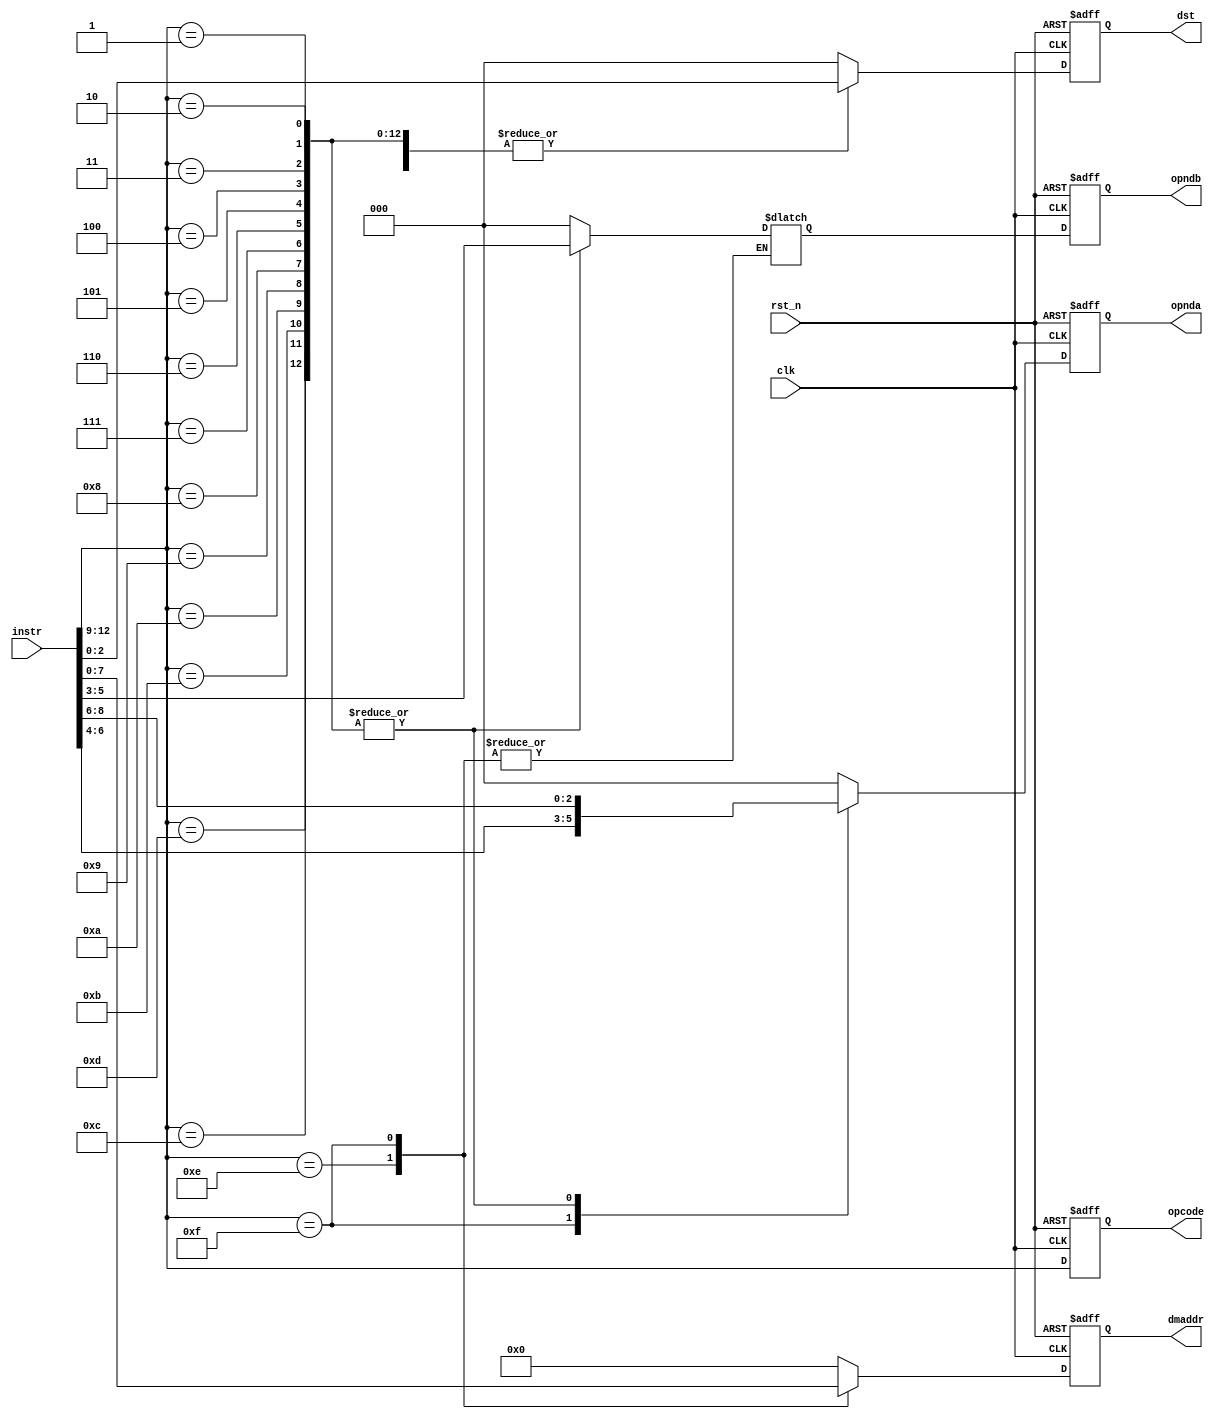
/*
 * Module: RISC Decode
 * Student Name: Ethan Bradley
 * Student Number: 101158848
 */

//------------------------------------------------------------------------
//the decode unit will take the instruction from IU and decodes it
// it must extract the information based on the instruction format
// these information are: opcode, operand a and operand b and address in case
// of load and store instructions

module risc_decode (
	input wire clk, 
	input wire rst_n, 
	input wire [12:0] instr, 
	output reg [3:0] dmaddr, 
	output reg [2:0] opnda, 
	output reg [2:0] opndb, 
	output reg [2:0] dst, 
	output reg [3:0] opcode
);


wire [3:0] opcode_i;
reg [3:0] dmaddr_i;
reg [2:0] opnda_i;
reg [2:0] opndb_i = 3'b0;
reg [2:0] dst_i;


parameter ld = 4'b1110, st = 4'b1111;

parameter add = 4'b0001, sub = 4'b0010;
parameter AND = 4'b0011, OR = 4'b0100;
parameter XOR = 4'b0101, inc = 4'b0110;
parameter dec = 4'b0111, NOT = 4'b1000;
parameter neg = 4'b1001, shr = 4'b1010;
parameter shl = 4'b1011, ror = 4'b1100;
parameter rol = 4'b1101, nop = 4'b0000;

//fillout2: extract the opcode from the instruction and assign it to opcode
assign opcode_i = instr[12:9];

// in this always block you need to chack the opcode,
// and depending on the opcode you will have to extract information accordingly
// note that the format for arithmatic/logical instructions are the same,
// so you need to check if the opcode represents a load, a store or arithmatic/logical
// make sure to consider a default for your case, so if something goes wrong it resets
//	to a specific case
// refer to the instructions format given in the lab document

always @ (opcode_i or instr)
begin
	//fillout3:
	case (opcode_i)
	ld: begin
		dmaddr_i <= instr[7:4];
		dst_i	 <= instr[2:0];
		opnda_i	 <= 3'b000;
	end
	st: begin
		dmaddr_i <= instr[3:0];
		dst_i	 <=  3'b000;
		opnda_i	 <= instr[6:4];
	end
	add, sub, AND, OR, XOR,
	inc, dec, NOT, neg, shr,
	shl, ror, rol: begin
		dmaddr_i <= 4'b0000;
		opnda_i	 <= instr[8:6];
		opndb_i	 <= instr[5:3];
		dst_i	 <= instr[2:0];
	end
	default: begin
		dmaddr_i <= 4'b0000;
		dst_i	 <= 3'b000;
		opnda_i	 <= 3'b000;
		opndb_i	 <= 3'b000;
	end
	endcase
end



always @ (posedge clk or negedge rst_n)
begin
	if (~rst_n) begin
	// fillout4: reset all outputs with 0
		opcode <= 4'b0;
		dmaddr <= 4'b0;
		opnda <= 3'b0;
		opndb <= 3'b0;
		dst <= 3'b0;

	end else begin
	//fillout5:
	// pass the extracted information from the
	// instructions to the next unit, this include opcode,
	// dmaddr, dst, opnda, and opndb
		opcode <= opcode_i;
		dmaddr <= dmaddr_i;
		opnda <= opnda_i;
		opndb <= opndb_i;
		dst <= dst_i;
	end
end
endmodule